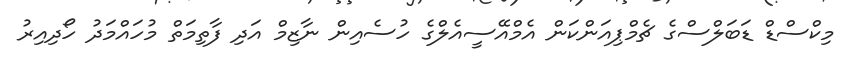
މިކްސްޑް ޑަބަލްސްގެ ޗެމްޕިއަންކަން އެމްއޭސީއެލްގެ ހުސެއިން ނާޒިމް އަދި ފާތިމަތް މުހައްމަދު ހޯދިއިރު